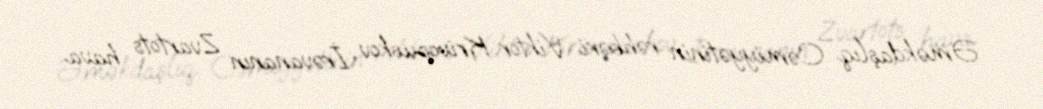
Əməkdaşlıq Cəmiyyətinin rəhbəri Viktor Krivopuskov İrəvananın Zvartots hava